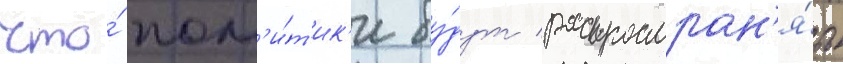
что́ пол'и́т'ик'и бу́дут распростран'я́ть